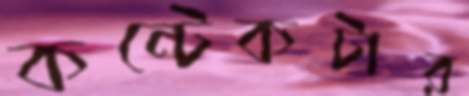
কন্টেকটার